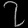
Digit: ၇